Senior Leaving Certificate Examination (including Day School Certificate (Higher) General paper), 1946
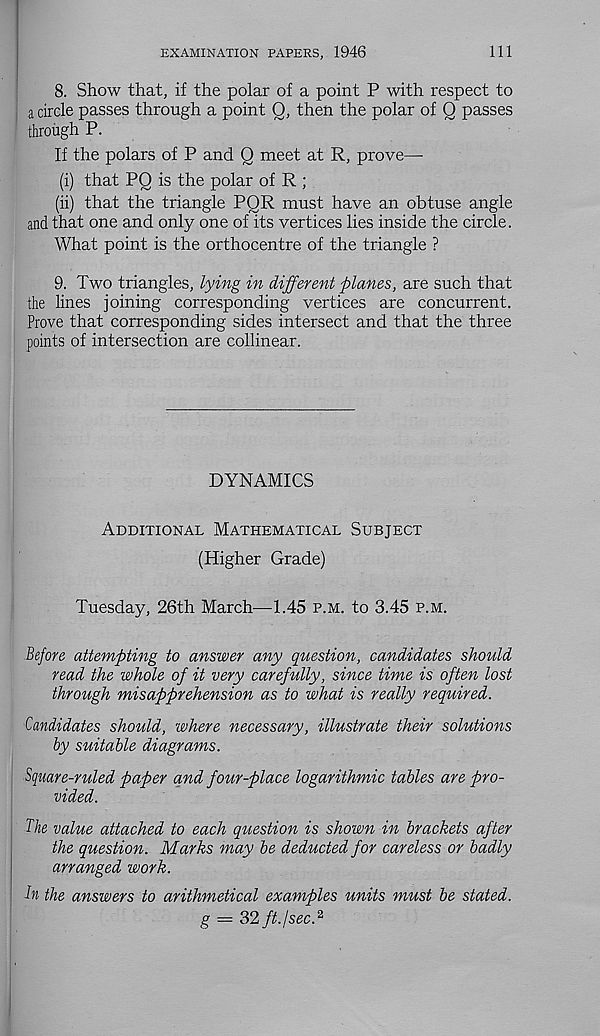
EXAMINATION PAPERS, 1946
111
8. Show that, if the polar of a point P with respect to
a circle passes through a point Q, then the polar of Q passes
through P.
If the polars of P and Q meet at R, prove—■
(i) that PQ is the polar of R ;
(ii) that the triangle PQR must have an obtuse angle
and that one and only one of its vertices lies inside the circle.
What point is the orthocentre of the triangle ?
9. Two triangles, lying in different planes, are such that
the lines joining corresponding vertices are concurrent.
Prove that corresponding sides intersect and that the three
points of intersection are collinear.
DYNAMICS
Additional Mathematical Subject
(Higher Grade)
Tuesday, 26th March—1.45 p.m. to 3.45 p.m.
Before attempting to answer any question, candidates should
read the whole of it very carefully, since time is often lost
through misapprehension as to what is really required.
Candidates should, where necessary, illustrate their solutions
by suitable diagrams.
Square-ruled paper and four-place logarithmic tables are pro-
vided.
The value attached to each question is shown in brackets after
the question. Marks may be deducted for careless or badly
arranged work.
Tn the answers to arithmetical examples units must be stated.
g = 32 ft. I sec. 2